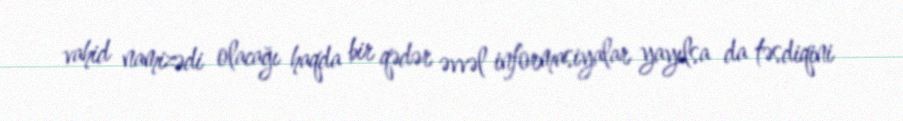
vahid namizədi olacağı haqda bir qədər əvvəl informasiyalar yayılsa da təsdiqini